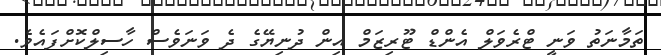
ތަމާނަތު ވަނީ ޓްރެވަލް އެންޑް ޓޫރިޒަމް އިން ދުނިޔޭގެ ދެ ވަނަވެސް ހާސިލްކޮށްފައެވެ.